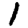
Digit: 1